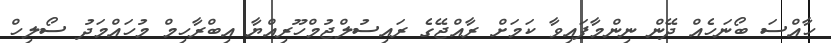
ހާއްސަ ބޯނަހެއް ދޭން ނިންމާފައިވާ ކަމަށް ރާއްޖޭގެ ރައިސުލްޖުމްހޫރިއްޔާ އިބްރާހިމް މުހައްމަދު ސޯލިހް